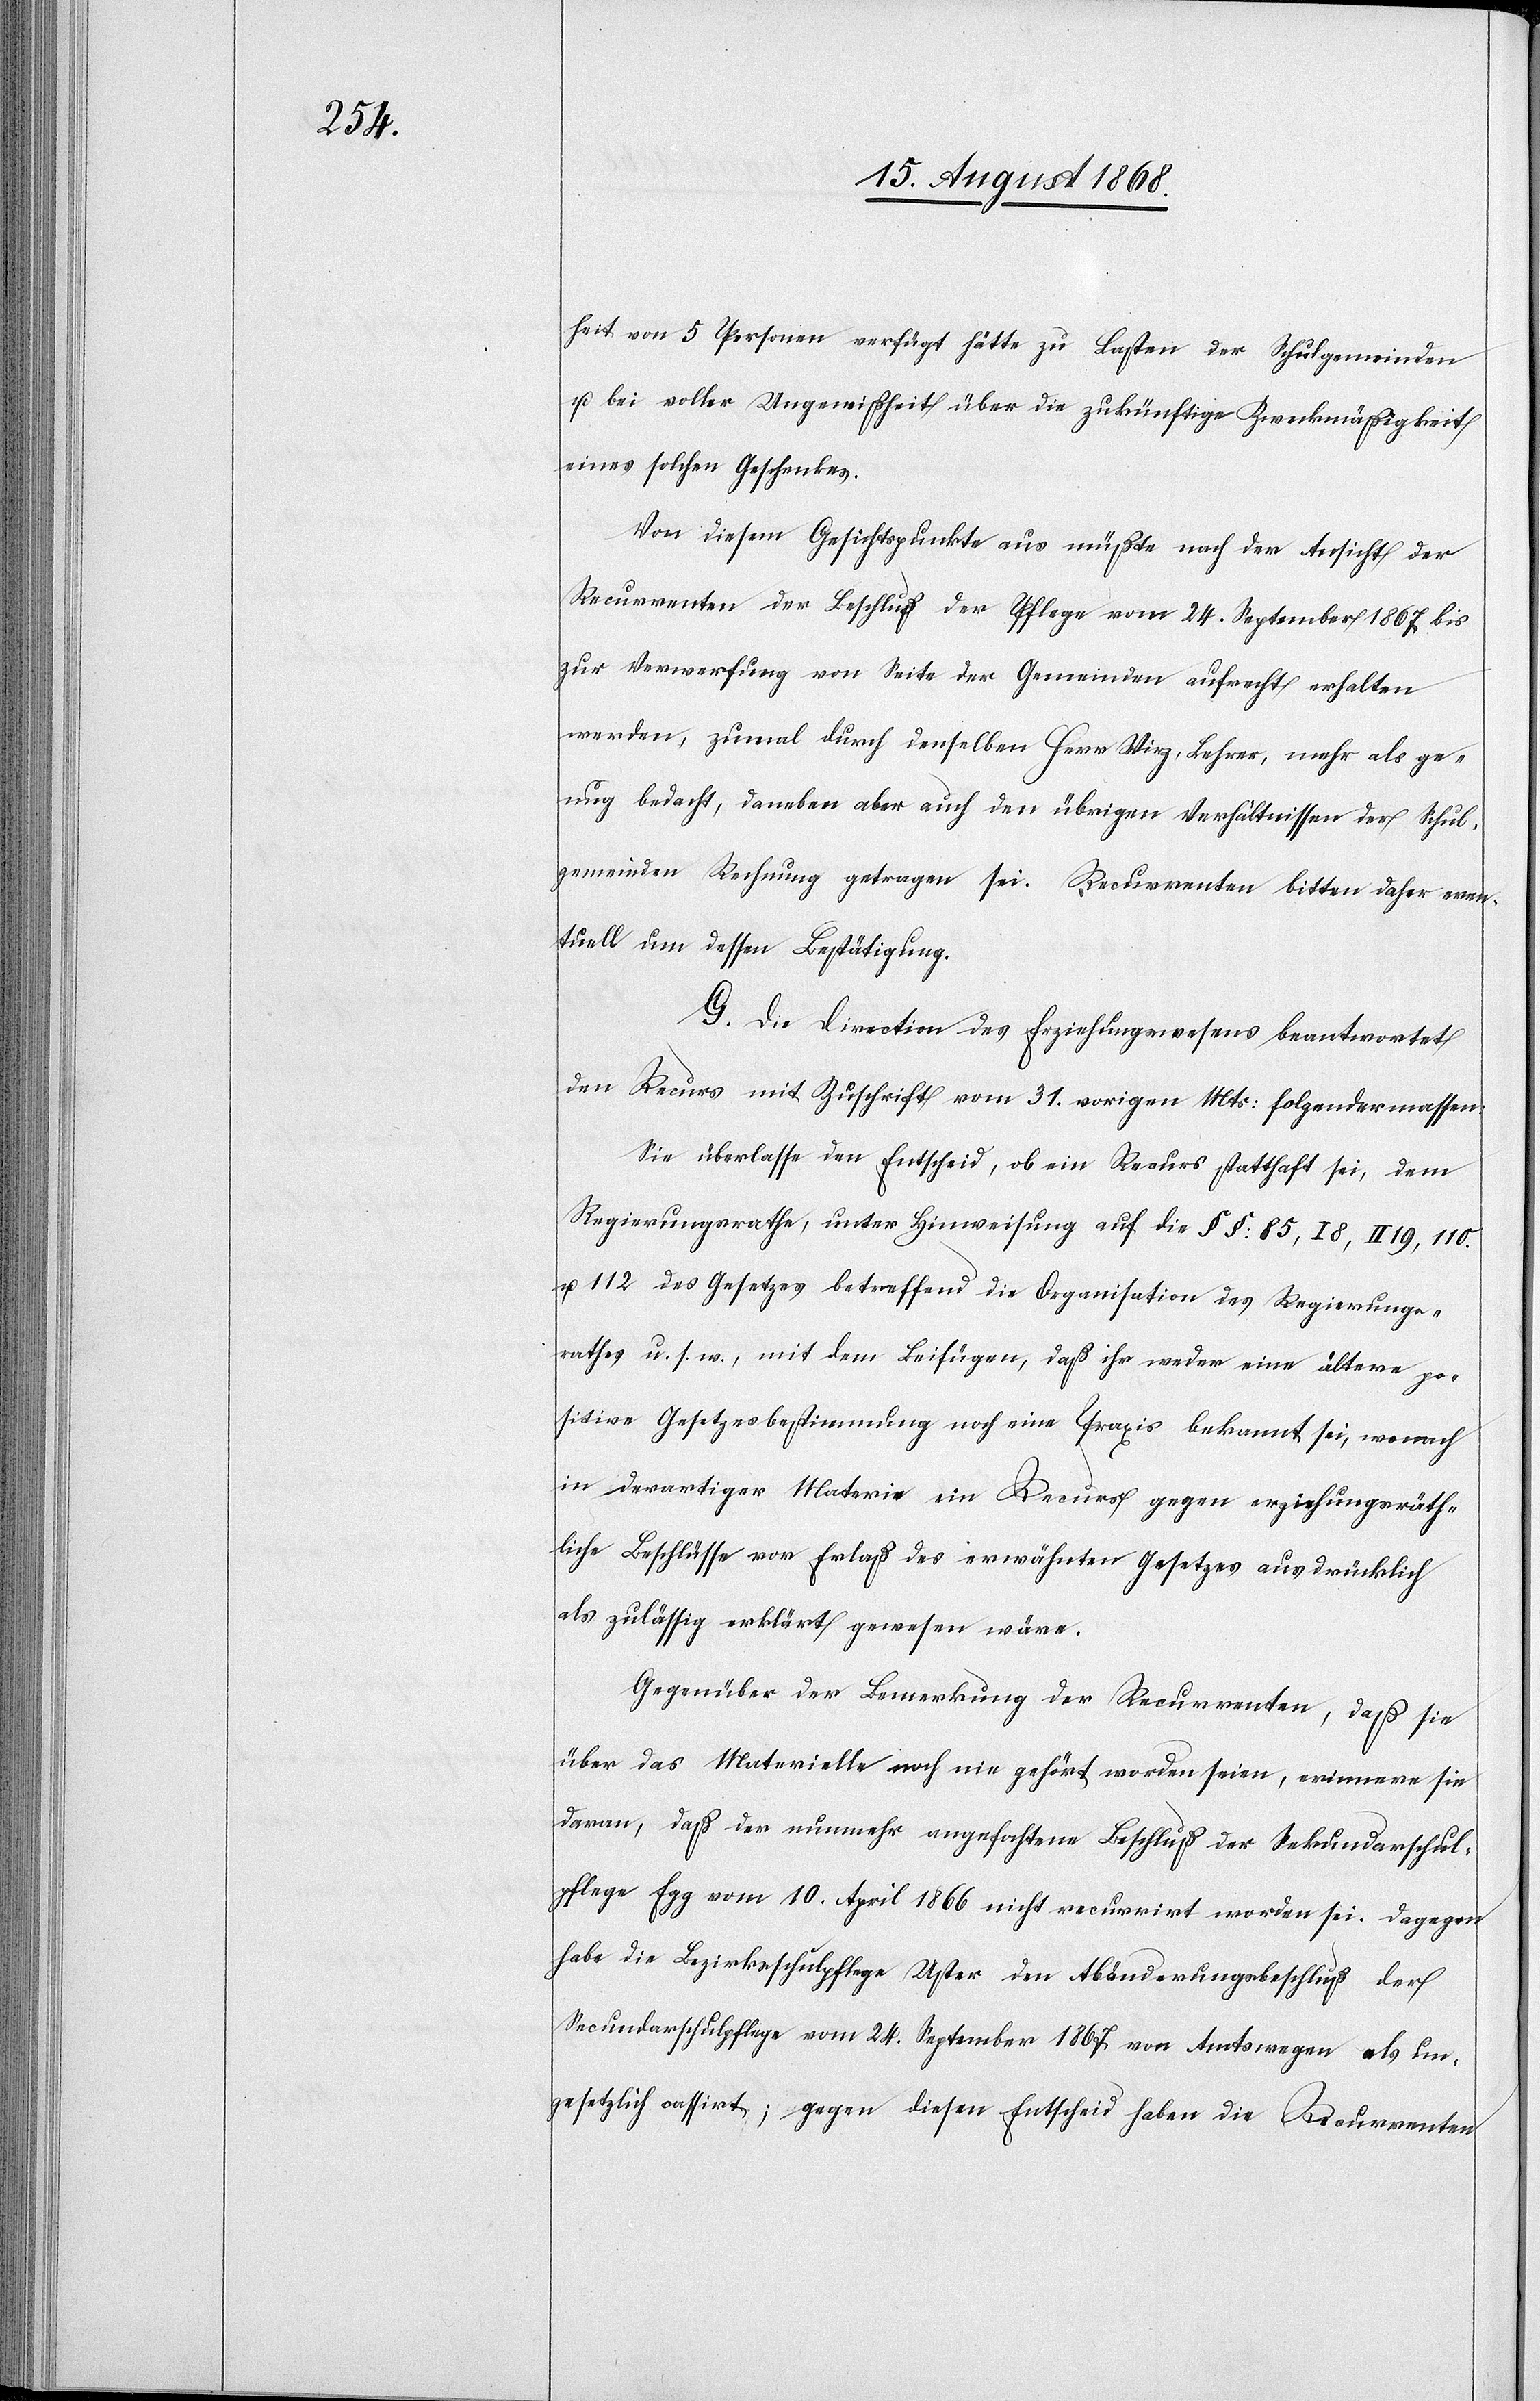
heit von 5 Personen verfügt hätte zu Lasten der Schulgemeinden
u. bei voller Ungewißheit über die zukünftige Zweckmäßigkeit
eines solchen Geschenkes.
Von diesem Gesichtspunkte aus müßte nach der Ansicht der
Recurrenten der Beschluß der Pflege vom 24. September 1867 bis
zur Verwerfung von Seite der Gemeinden aufrecht erhalten
werden, zumal durch denselben Herr Wirz, Lehrer, mehr als ge¬
nug bedacht, daneben aber auch den übrigen Verhältnissen der Schul¬
gemeinden Rechnung getragen sei. Recurrenten bitten daher even¬
tuell um dessen Bestätigung.
G. Die Direction des Erziehungswesens beantwortet
den Recurs mit Zuschrift vom 31. vorigen Mts: folgendermassen:
Sie überlasse den Entscheid, ob ein Recurs statthaft sei, dem
Regierungsrathe, unter Hinweisung auf die §§: 85, I 8, II 19, 110.
u. 112 des Gesetzes betreffend die Organisation des Regierungs¬
rathes u. s. w., mit dem Beifügen, daß ihr weder eine ältere po¬
sitive Gesetzesbestimmung noch eine Praxis bekannt sei, wonach
in derartiger Materie ein Recurs gegen erziehungsräth¬
liche Beschlüsse vor Erlaß des erwähnten Gesetzes ausdrücklich
als zulässig erklärt gewesen wäre.
Gegenüber der Bemerkung der Recurrenten, daß sie
über das Materielle noch nie gehört worden seien, erinnere sie
daran, daß der nunmehr angefochtene Beschluß der Sekundarschul¬
pflege Egg vom 10. April 1866 nicht recurrirt worden sei. Dagegen
habe die Bezirksschulpflege Uster den Abänderungsbeschluß der
Secundarschulpflege vom 24. September 1867 von Amtswegen als un¬
gesetzlich cassirt; gegen diesen Entscheid haben die Recurrenten